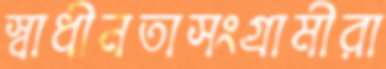
স্বাধীনতাসংগ্রামীরা